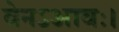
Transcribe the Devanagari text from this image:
वेनऽआवः।